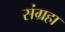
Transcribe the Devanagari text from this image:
संग्रहा